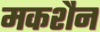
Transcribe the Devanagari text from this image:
मकशैन